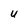
Character: U